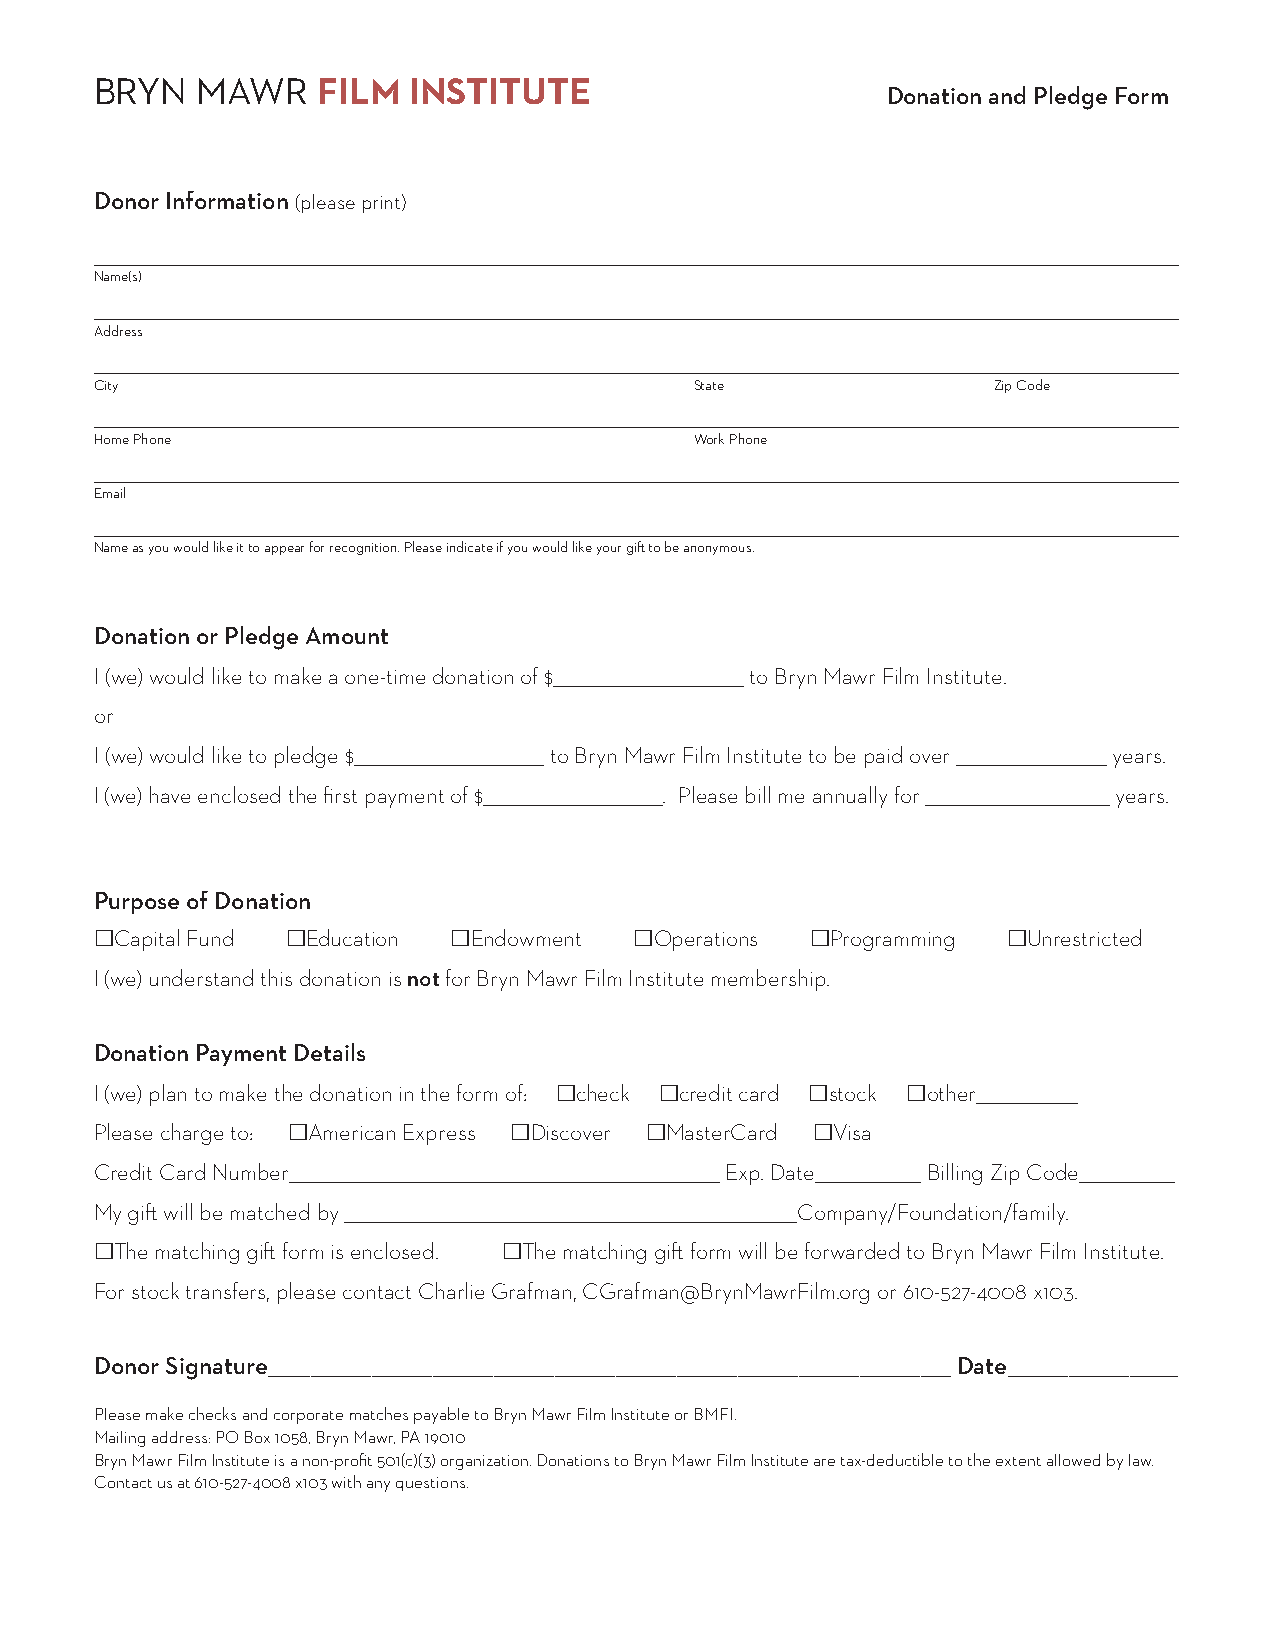
BRYN   MAWR    FILM  INSTITUTE
 Donation and Pledge Form
 Donor Information (please print)
 __________________________________________________________________________________________________________________________________________________________________________________________________
 Name(s)
 __________________________________________________________________________________________________________________________________________________________________________________________________
 Address
 __________________________________________________________________________________________________________________________________________________________________________________________________
 City                                    State               Zip Code
 __________________________________________________________________________________________________________________________________________________________________________________________________
 Home Phone                              Work Phone
 __________________________________________________________________________________________________________________________________________________________________________________________________
 Email
 __________________________________________________________________________________________________________________________________________________________________________________________________
 Name as you would like it to appear for recognition. Please indicate if you would like your gift to be anonymous.
 Donation or Pledge Amount
 I (we) would like to make a one-time donation of $__________________________________ to Bryn Mawr Film Institute.
 or
 I (we) would like to pledge $__________________________________ to Bryn Mawr Film Institute to be paid over ___________________________ years.
 I (we) have enclosed the first payment of $________________________________. Please bill me annually for _________________________________ years.
 Purpose of Donation
 Capital Fund Education Endowment Operations Programming Unrestricted
 I (we) understand this donation is not for Bryn Mawr Film Institute membership.
 Donation Payment Details
 I (we) plan to make the donation in the form of: check credit card stock other__________________
 Please charge to: American Express Discover MasterCard Visa
 Credit Card Number_____________________________________________________________________________ Exp. Date___________________ Billing Zip Code_________________
 My gift will be matched by _________________________________________________________________________________Company/Foundation/family.
 The matching gift form is enclosed. The matching gift form will be forwarded to Bryn Mawr Film Institute.
 For stock transfers, please contact Charlie Grafman, CGrafman@BrynMawrFilm.org or 610-527-4008 x103.
 Donor Signature________________________________________________________________________________________________________________ Date____________________________
 Please make checks and corporate matches payable to Bryn Mawr Film Institute or BMFI.
 Mailing address: PO Box 1058, Bryn Mawr, PA 19010
 Bryn Mawr Film Institute is a non-profit 501(c)(3) organization. Donations to Bryn Mawr Film Institute are tax-deductible to the extent allowed by law.
 Contact us at 610-527-4008 x103 with any questions.